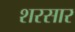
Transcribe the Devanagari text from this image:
शरसार